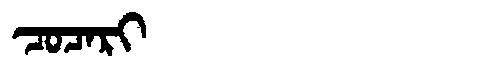
Manchu: ᠴᠣᠴᠠᡵᡳ
Romanization: COCARI